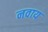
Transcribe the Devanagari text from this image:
नवाय